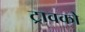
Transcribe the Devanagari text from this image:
ट्रावको